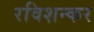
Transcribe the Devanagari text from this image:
रविशन्कर